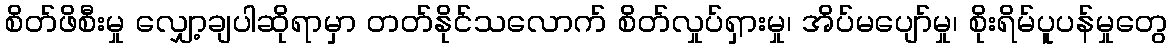
စိတ်ဖိစီးမှု လျှော့ချပါဆိုရာမှာ တတ်နိုင်သလောက် စိတ်လှုပ်ရှားမှု၊ အိပ်မပျော်မှု၊ စိုးရိမ်ပူပန်မှုတွေ